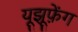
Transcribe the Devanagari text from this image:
यूझूफ़ेंग